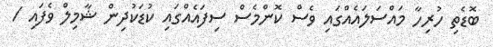
ބޮޑެތި ހުރިހާ މައްސަލައެއްގައި ވެސް ކޮންމެސް ސިފައެއްގައި ކުޑަކުދިން ޝާމިލް ވެފައި /